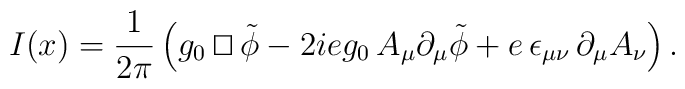
I(x)=\frac{1}{2\pi}\,\Bigl(g_0\,{\sqcap\!\!\!\!\sqcup}\,\tilde\phi-2ieg_0\,A_\mu\partial_\mu\tilde\phi+e\,\epsilon_{\mu\nu}\,\partial_\mu A_\nu\Bigr)\,.